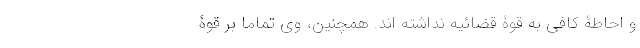
و احاطۀ کافی به قوّۀ قضائیه نداشته اند. همچنین، وی تماماً بر قوّۀ